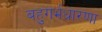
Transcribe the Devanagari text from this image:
बहुगर्भधारणा